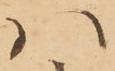
ハ